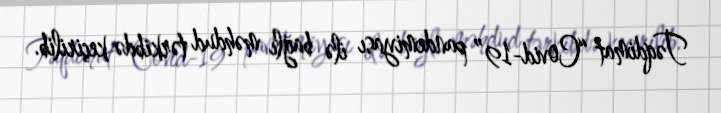
Təqdimat “Covid-19” pandemiyası ilə bağlı məhdud tərkibdə keçirilib.